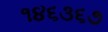
૧૪૬૩૬૭